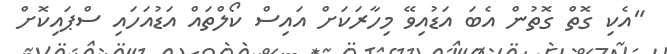
"އެކި ގޮތް ގޮތުން އެބަ އަޑުއިވޭ މިހާރަކަށް އައިސް ކޯލްތައް އަޑުއަހައި ސްޕައިކޮށް